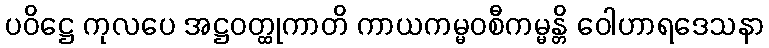
ပဝိဋ္ဌေ ကုလပေ အဋ္ဌဝတ္ထုကာတိ ကာယကမ္မဝစီကမ္မန္တိ ဝေါဟာရဒေသနာ